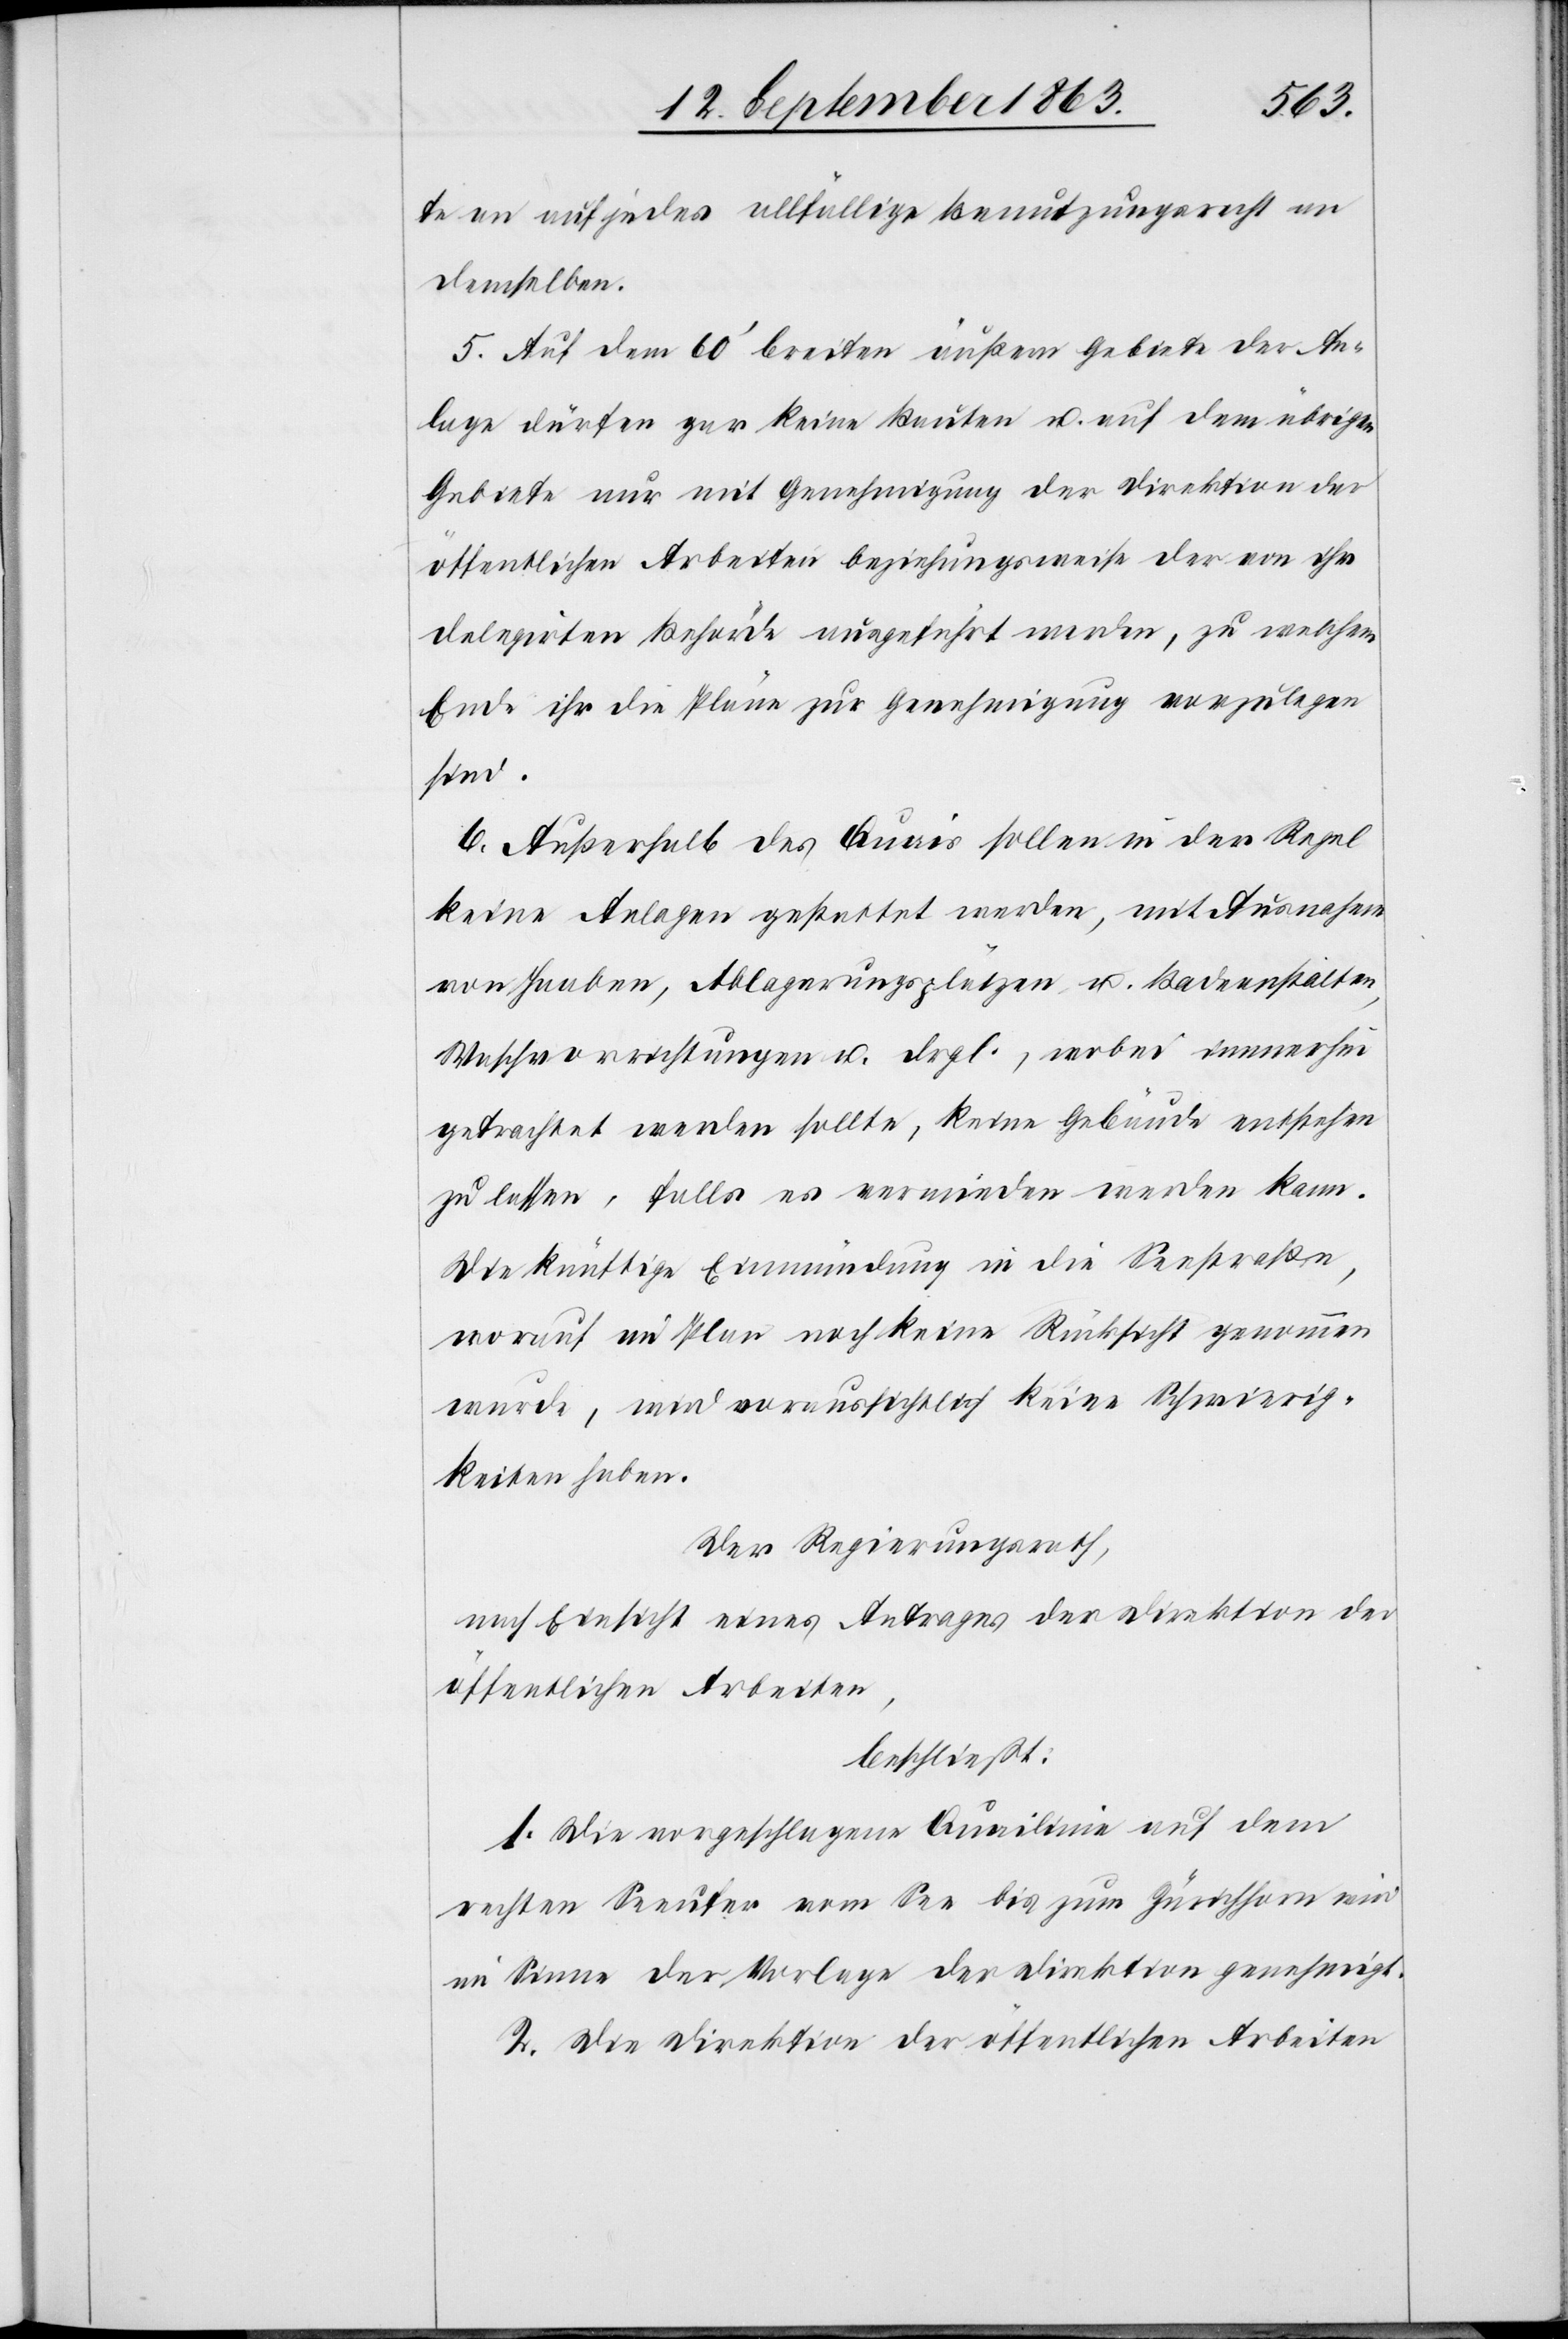
te an auf jedes allfällige Benutzungsrecht an
demselben.
5. Auf dem 60' breiten äußern Gebiete der An¬
lage dürfen gar keine Bauten u. auf dem übrigen
Gebiete nur mit Genehmigung der Direktion der
öffentlichen Arbeiten beziehungsweise der von ihr
delegirten Behörde ausgeführt werden, zu welchem
Ende ihr die Pläne zur Genehmigung vorzulegen
sind.
6. Außerhalb des Quais sollen in der Regel
keine Anlagen gestattet werden, mit Ausnahme
von Haaben, Ablagerungsplätzen u. Badeanstalten,
Waschvorrichtungen u. drgl., wobei immerhin
getrachtet werden sollte, keine Gebäude entstehen
zu lassen, falls es vermieden werden kann.
Die künftige Einmündung in die Seestraße,
worauf im Plan noch keine Rücksicht genommen
wurde, wird voraussichtlich keine Schwierig¬
keiten haben.
Der Regierungsrath,
nach Einsicht eines Antrages der Direktion der
öffentlichen Arbeiten,
beschließt:
1. Die vorgeschlagene Quailinie auf dem
rechten Seeufer vom See bis zum Zürichhorn wird
im Sinne der Vorlage der Direktion genehmigt.
2. Die Direktion der öffentlichen Arbeiten